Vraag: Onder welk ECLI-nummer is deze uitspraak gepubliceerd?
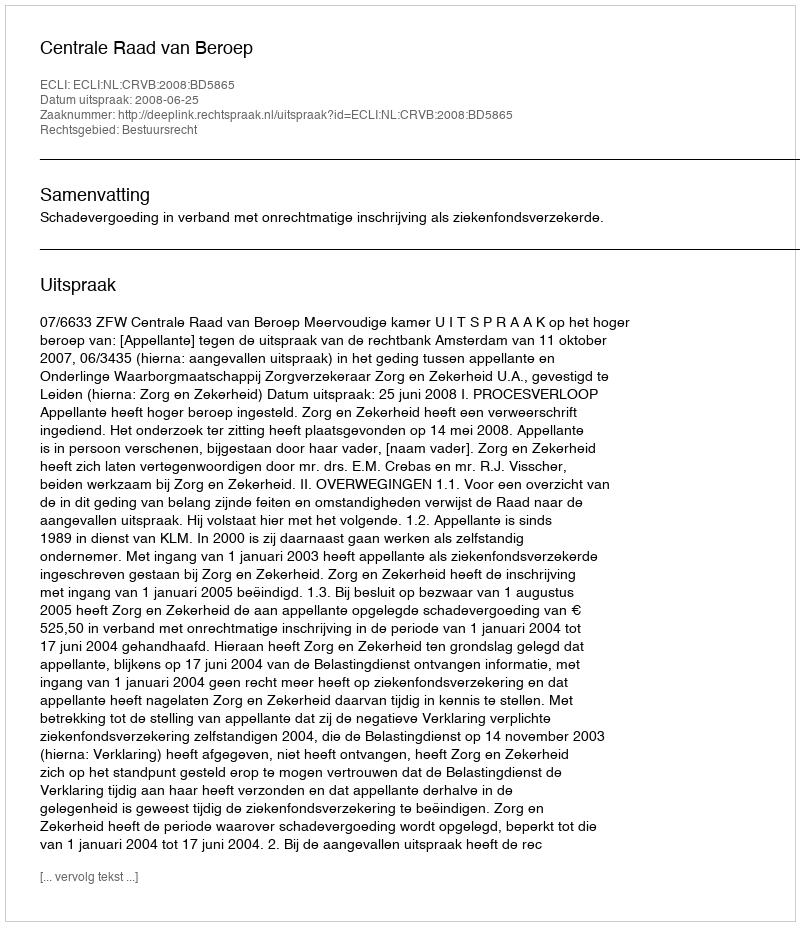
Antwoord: ECLI:NL:CRVB:2008:BD5865